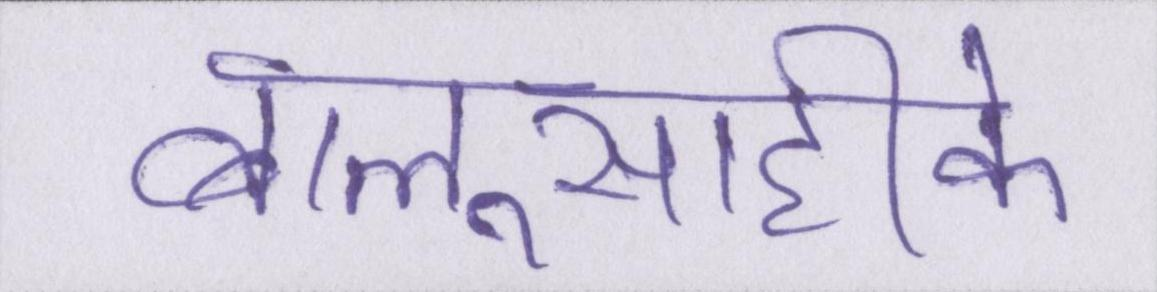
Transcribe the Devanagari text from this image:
बालूसाहीके